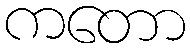
ကတော